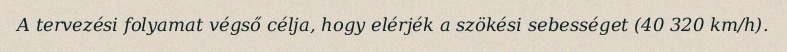
A tervezési folyamat végső célja, hogy elérjék a szökési sebességet (40 320 km/h).